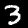
Digit: 3